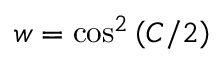
w = \cos ^ { 2 } \left( C / 2 \right)